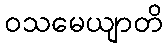
ဝသမေယျာတိ